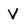
Character: V